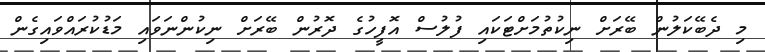
މި ދެބޭކަލުން ބޭރަށް ނިކުތުމަށްޓަކައި ފުލުސް އޮފީހުގެ ދޮރުން ބޭރަށް ނިކުންނަވައި މަޑުކުރައްވައިގެން